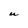
Character: U